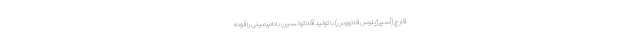
قارچ (آسپرژیلوس فلاووس) با تولید آفلاتوکسین بادام‌زمینی را آلوده